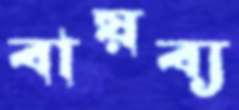
বায়ব্য